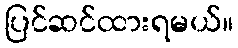
ပြင်ဆင်ထားရမယ်။